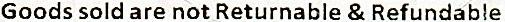
GOODS SOLD ARE NOT RETURNABLE & REFUNDABLE